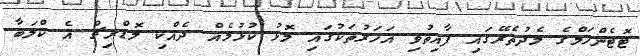
ޓޮޓެންހަމްގެ މެދުތެރޭގައި ފާއިތުވި އަހަރުތަކުގައި މޮޅު ކުޅުމެއް ދެއްކި މޮޑްރިޗް އެ ކްލަބާ